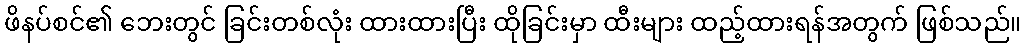
ဖိနပ်စင်၏ ဘေးတွင် ခြင်းတစ်လုံး ထားထားပြီး ထိုခြင်းမှာ ထီးများ ထည့်ထားရန်အတွက် ဖြစ်သည်။